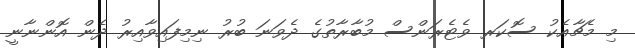
މި މެޗާއެކު ސޮކަރ ވެޓެރަންސް މުބާރާތުގެ ދެވަނަ ބުރު ނިމިފައިވާއިރު ދެން އޮންނާނީ